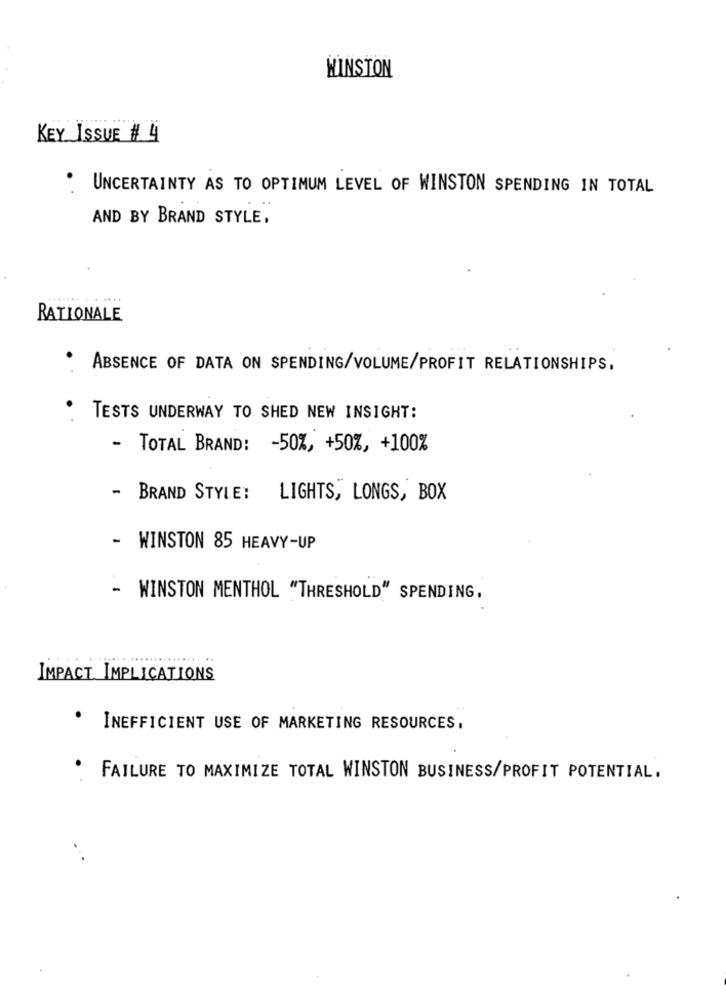
WINSTON
KEY ISSUE # 4
UNCERTAINTY AS TO OPTIMUM LEVEL OF WINSTON SPENDING IN TOTAL
AND BY BRAND STYLE.
....
RATIONALE
.
ABSENCE OF DATA ON SPENDING/VOLUME/PROFIT RELATIONSHIPS,
TESTS UNDERWAY TO SHED NEW INSIGHT:
- TOTAL BRAND: - 50%, +50%, +100%
BRAND STYLE : LIGHTS , LONGS , BOX
- WINSTON 85 HEAVY-UP
- WINSTON MENTHOL "THRESHOLD" SPENDING,
IMPACT IMPLICATIONS
.
INEFFICIENT USE OF MARKETING RESOURCES.
FAILURE TO MAXIMIZE TOTAL WINSTON BUSINESS/PROFIT POTENTIAL.